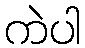
ကဲပါ